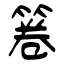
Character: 箞